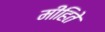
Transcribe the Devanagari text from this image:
मीहिते